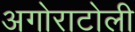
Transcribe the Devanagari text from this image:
अगोराटोली